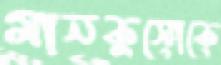
মানকুসোকে